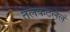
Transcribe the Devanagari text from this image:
तेलकटलेलं